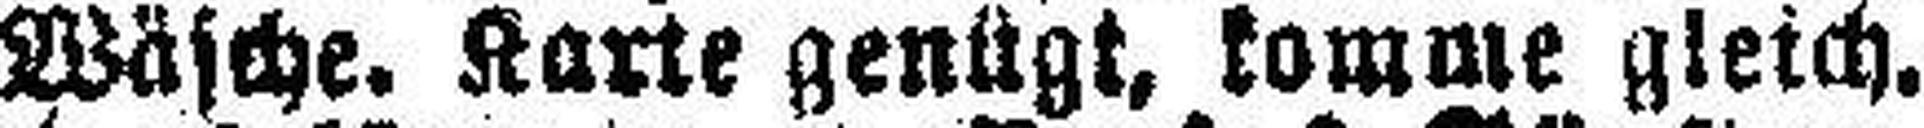
Wäsche. Karte genügt, komme gleich.